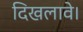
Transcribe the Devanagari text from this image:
दिखलावे।